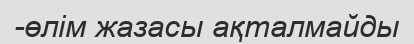
-өлім жазасы ақталмайды